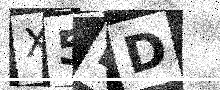
Text: X5DD